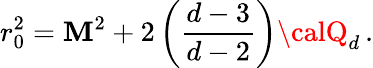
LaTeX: r_{0}^{2}=\mathbf{M}^{2}+2\left(\frac{{d-3}}{{d-2}}\right){\calQ}_{d}\, .